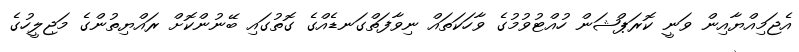
އެޖަމިއްޔާއިން ވަނީ ކޮރަޕްޝަން ހުއްޓުވުމުގެ ވާހަކަތައް ނިވާފަތްގަނޑެއްގެ ގޮތުގައި ބޭނުންކޮށް ރައްޔިތުންގެ މަޖިލީހުގެ